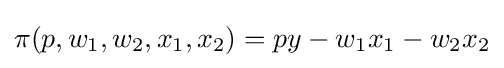
\pi (p,w_{1},w_{2},x_{1},x_{2})=py-w_{1}x_{1}-w_{2}x_{2}